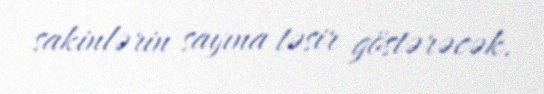
sakinlərin sayına təsir göstərəcək.